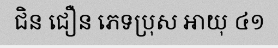
ជិន ជឿន ភេទប្រុស អាយុ ៤១